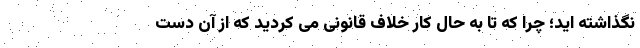
نگذاشته اید؛ چرا که تا به حال کار خلاف قانونی می کردید که از آن دست